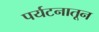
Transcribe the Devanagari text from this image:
पर्यटनातून